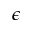
\epsilon